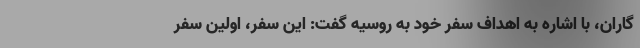
گاران، با اشاره به اهداف سفر خود به روسیه گفت: این سفر، اولین سفر